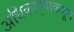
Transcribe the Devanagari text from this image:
अधिकार्‍याकडून